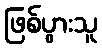
ဖြစ်ပွားသူ